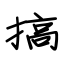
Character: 搞